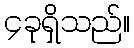
၄ခုရှိသည်။